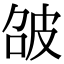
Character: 𤿘